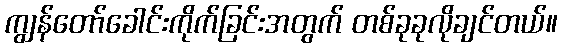
ကျွန်တော်ခေါင်းကိုက်ခြင်းအတွက် တစ်ခုခုလိုချင်တယ်။